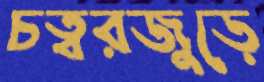
চত্বরজুড়ে